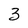
Character: 3